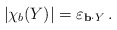
\begin{align*}\left| \chi_b(Y) \right|& = \varepsilon_{\mathbf{b}\cdot Y}\,.\end{align*}